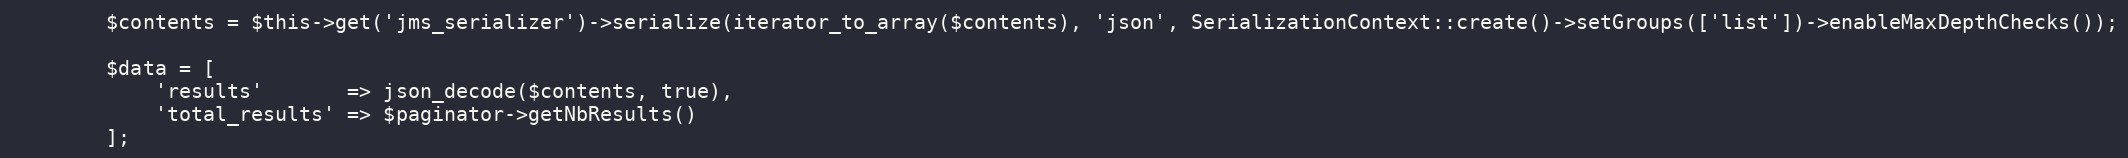
Language: PHP
        $contents = $this->get('jms_serializer')->serialize(iterator_to_array($contents), 'json', SerializationContext::create()->setGroups(['list'])->enableMaxDepthChecks());

        $data = [
            'results'       => json_decode($contents, true),
            'total_results' => $paginator->getNbResults()
        ];